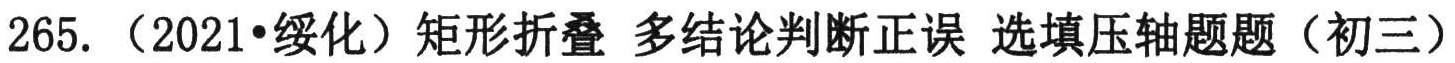
265. （2021•绥化）矩形折叠 多结论判断正误 选填压轴题（初三）